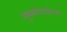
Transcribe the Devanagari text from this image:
सुकामेव्यांच्या